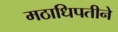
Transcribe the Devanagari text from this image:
मठाधिपतीने